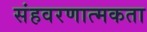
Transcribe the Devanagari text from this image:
संहवरणात्मकता